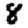
Digit: 8